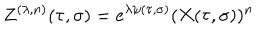
Z ^ { ( \lambda , n ) } ( \tau , \sigma ) = e ^ { \lambda \psi ( \tau , \sigma ) } ( X ( \tau , \sigma ) ) ^ { n }